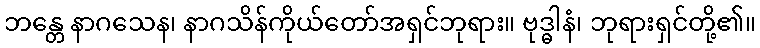
ဘန္တေ နာဂသေန၊ နာဂသိန်ကိုယ်တော်အရှင်ဘုရား။ ဗုဒ္ဓါနံ၊ ဘုရားရှင်တို့၏။